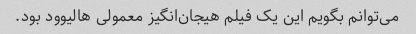
می‌توانم بگویم این یک فیلم هیجان‌انگیز معمولی هالیوود بود.